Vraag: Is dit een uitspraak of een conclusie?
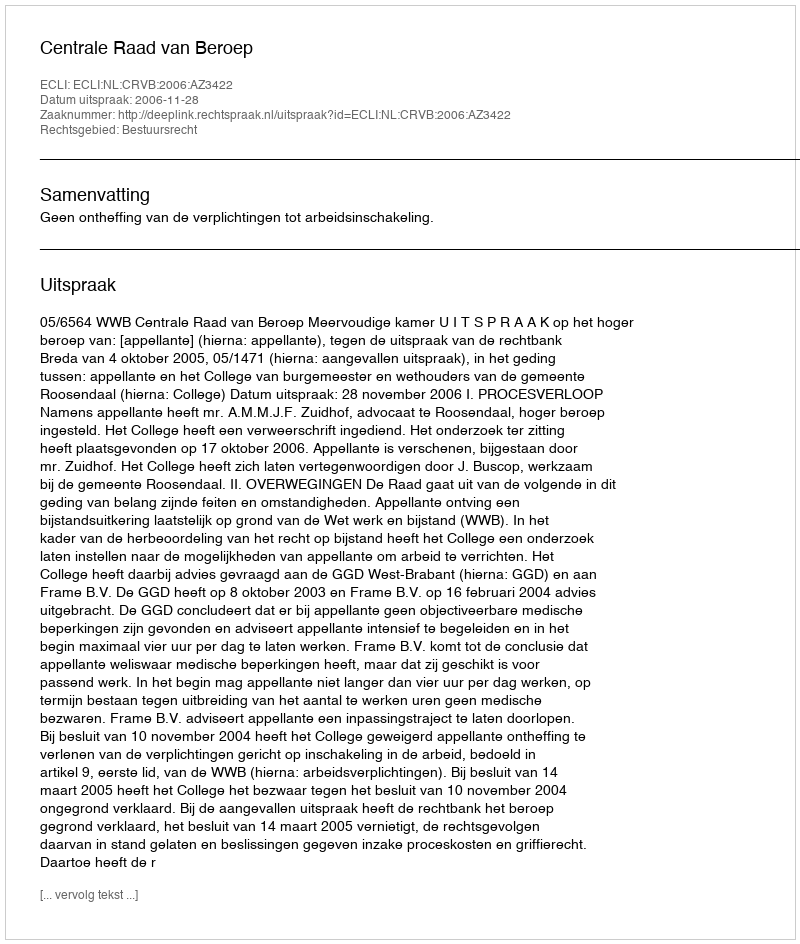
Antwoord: Uitspraak